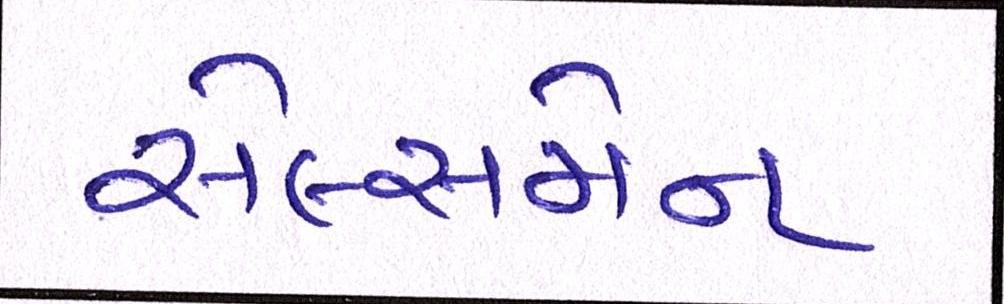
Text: સેલ્સમેન